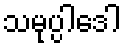
သမုပ္ပါဒေါ